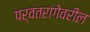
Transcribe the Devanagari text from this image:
पर्वतरांगेवरील